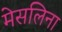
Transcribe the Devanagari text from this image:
मेसलिना